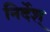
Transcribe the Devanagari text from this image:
निर्देश्